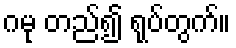
ဂမု တည်၍ ရုပ်တွက်။